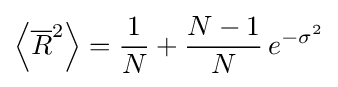
\left\langle {\overline {R}}^{2}\right\rangle ={\frac {1}{N}}+{\frac {N-1}{N}}\,e^{-\sigma ^{2}}